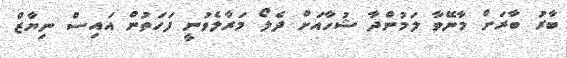
ބާރު ބާރަށް މާނޭވާ ލަމުންދާ ޝުހާއަށް ދެލޯ މަރާލެވުނީ ފަހަތުން އައިސް ނިޔާޒް